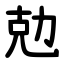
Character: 勊